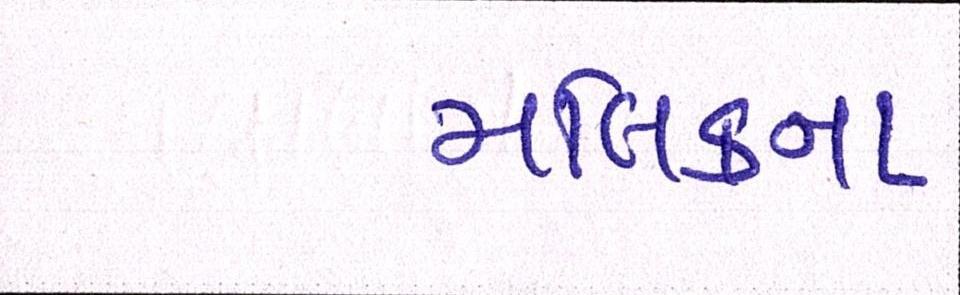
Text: મલિકના